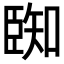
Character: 𮍑